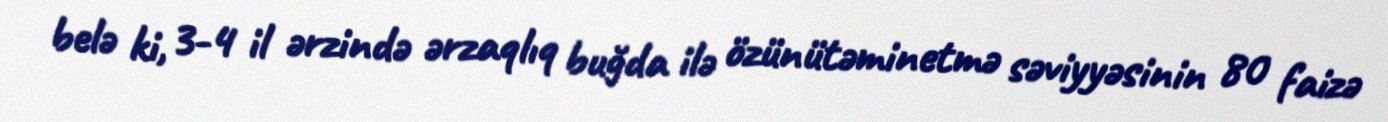
belə ki, 3-4 il ərzində ərzaqlıq buğda ilə özünütəminetmə səviyyəsinin 80 faizə